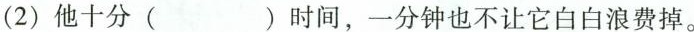
(2)他十分( )时间，一分钟也不让它白白浪费掉。